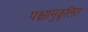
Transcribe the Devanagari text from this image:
पश्चानुकूलित